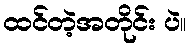
ထင်တဲ့အတိုင်း ပဲ။